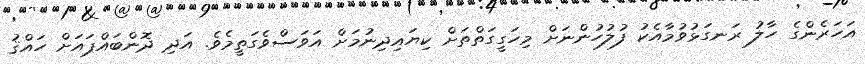
އަހަރެންގެ ހާލު ރަނގަޅުވުމާއެކު ފުލުހުންނަށް މިހަގީގަތްތަށް ކިޔައިދިނުމަށް އަވަސްވެގަތީމެވެ. އަދި ދޮންބައްޕައަށް ހައްޤު